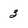
Character: 3